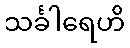
သင်္ခါရေဟိ